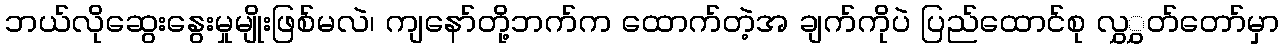
ဘယ်လိုဆွေးနွေးမှုမျိုးဖြစ်မလဲ၊ ကျနော်တို့ဘက်က ထောက်တဲ့အ ချက်ကိုပဲ ပြည်ထောင်စု လွှွှတ်တော်မှာ